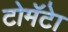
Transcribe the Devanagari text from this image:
टोमॅटेा